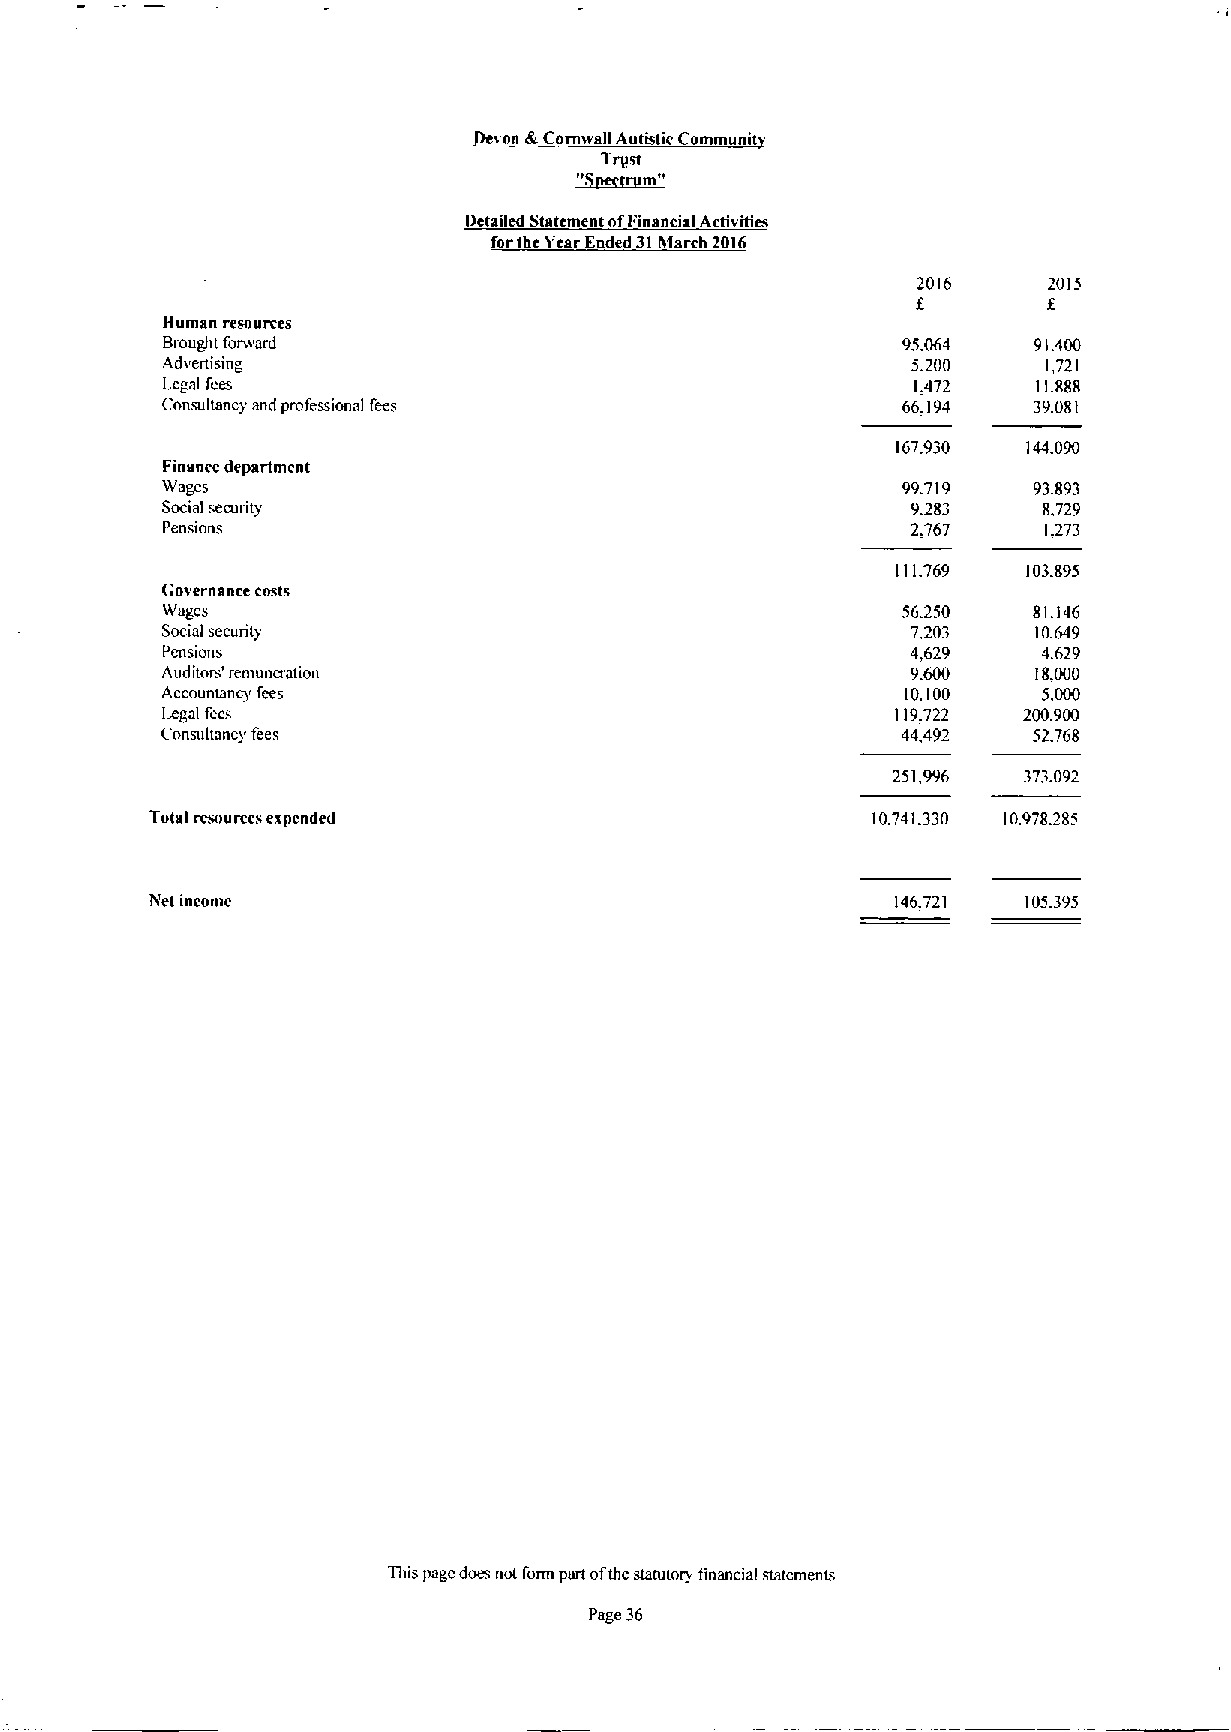
vnn dcCornwall Autistic Communi
 1
 filar
 m"
 Iictailed Statement ofFinnnci ~IActivitim
 forthe Year Ended 31March 2016
 2016    2015
 8
 Human resnurces
 Brought forward                                  95.064  91.400
 Advenicing                                       5.200    1,721
 Legal fees                                       1.472    11.888
 Consultancy and professional fees                66.194  39.081
 167.930  144.090
 Finance department
 Wages                                            99.719  93.893
 Social secunty                                   9.283    8.729
 Pensions                                         2.767    1.273
 1117.69  103.895
 Governance costs
 Wages                                            56.250  81.146
 Social security                                  7.203    10.649
 Penslotts'                                       4,629    4.629
 Auditor. remuncratton                            9.600    18,000
 Accountancy fees                                 10.100   5.000
 legal fees                                      119.722  200.900
 (onsultancy fees                                 44,492  52,768
 251,996  373.092
 Total resources expended                        10,741.330 10.978.285
 lect incontc                                     146.721  105.395
 This page don' not I'orm part ofthe statutory financial statements
 Page 36